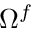
\Omega ^ { f }